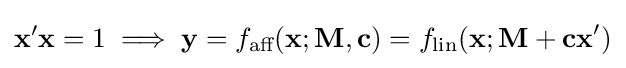
\mathbf {x} '\mathbf {x} =1\;\Longrightarrow \;\mathbf {y} =f_{\text{aff}}(\mathbf {x} ;\mathbf {M,c} )=f_{\text{lin}}(\mathbf {x} ;\mathbf {M+cx} ')